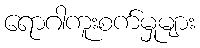
ရောဂါကူးစက်မှုများ